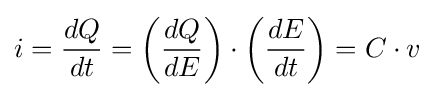
i={\frac {dQ}{dt}}=\left({\frac {dQ}{dE}}\right)\cdot \left({\frac {dE}{dt}}\right)=C\cdot v